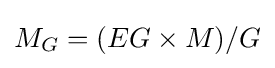
M_{G}=(EG\times M)/G